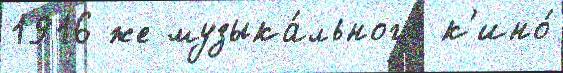
1916 же музыка́льного к'ино́